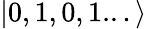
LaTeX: |0,1,0,1...\rangle